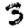
Digit: 3